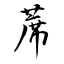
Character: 蓆